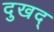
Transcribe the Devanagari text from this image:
दुखद्